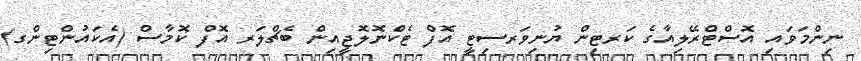
ނިންމަވައި އޮސްޓްރޭލިއާގެ ކަރޓިން ޔުނިވަރސިޓީ އޮފް ޓެކްނޮލޮޖީއިން ބެޗްލަރ އޮފް ކޮމާސް (އެކައުންޓިންގ)